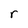
Character: r